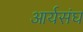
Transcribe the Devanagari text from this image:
आर्यसंघ